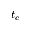
t _ { c }